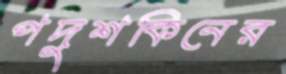
পদুশকিনের